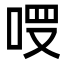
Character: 𠳦